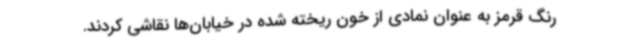
رنگ قرمز به عنوان نمادی از خون ریخته شده در خیابان‌ها نقاشی کردند.